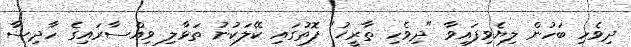
ދިވެހި ބަހުން ލިޔެވިފައިވާ "ދިވެހި ތާރީޚު" ފޮތުގައި ކޭލަކުނު ތަޅާލި ވިއްސާރައިގެ ހާދިސާ